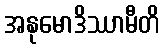
အနုမောဒိဿာမီတိ